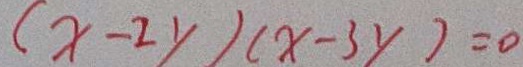
( x - 2 y ) ( x - 3 y ) = 0